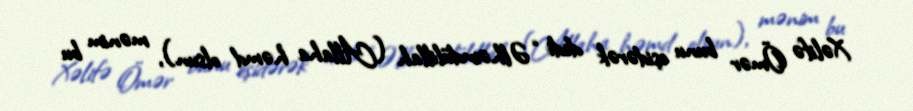
Xəlifə Ömər bunu eşidərək dedi: “Əlhəmdülillah (Allaha həmd olsun), mənim bu